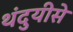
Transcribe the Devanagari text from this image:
थंदुयीसे